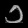
Digit: ၁